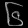
Digit: ၆